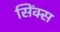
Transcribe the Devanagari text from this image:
सिंक्स